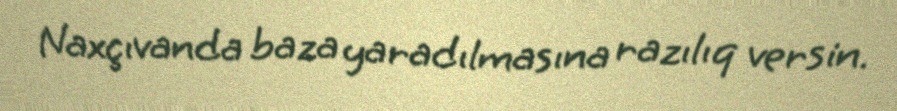
Naxçıvanda baza yaradılmasına razılıq versin.